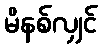
မိနစ်လျှင်